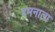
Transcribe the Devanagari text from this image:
दमनाला